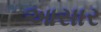
આસાર